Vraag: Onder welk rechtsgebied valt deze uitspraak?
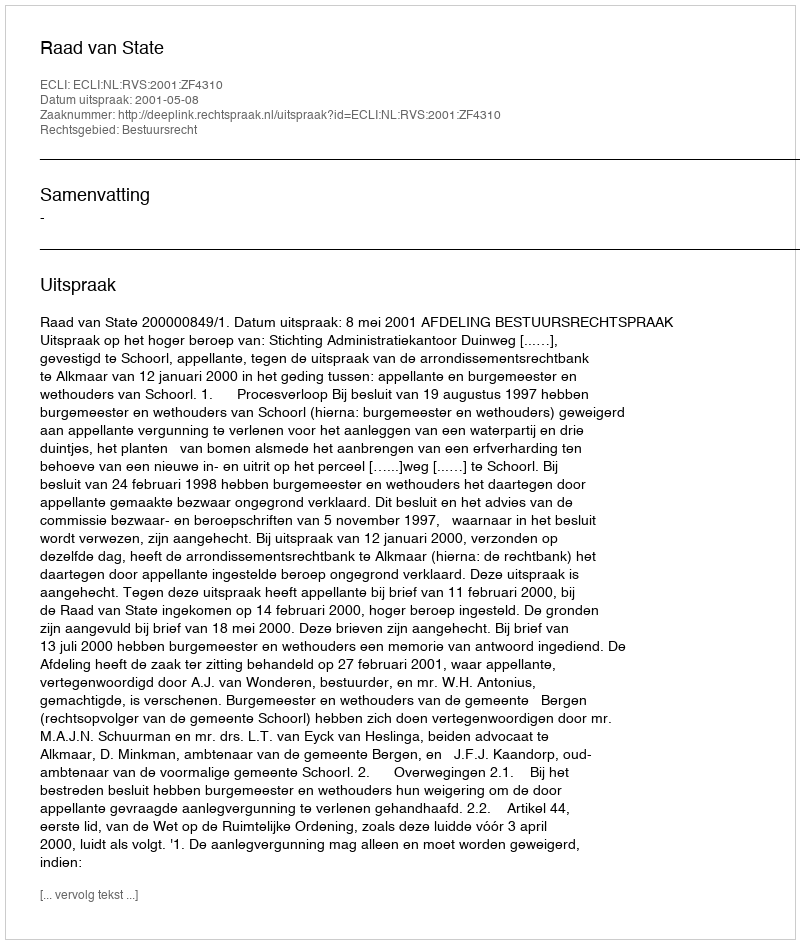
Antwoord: Bestuursrecht